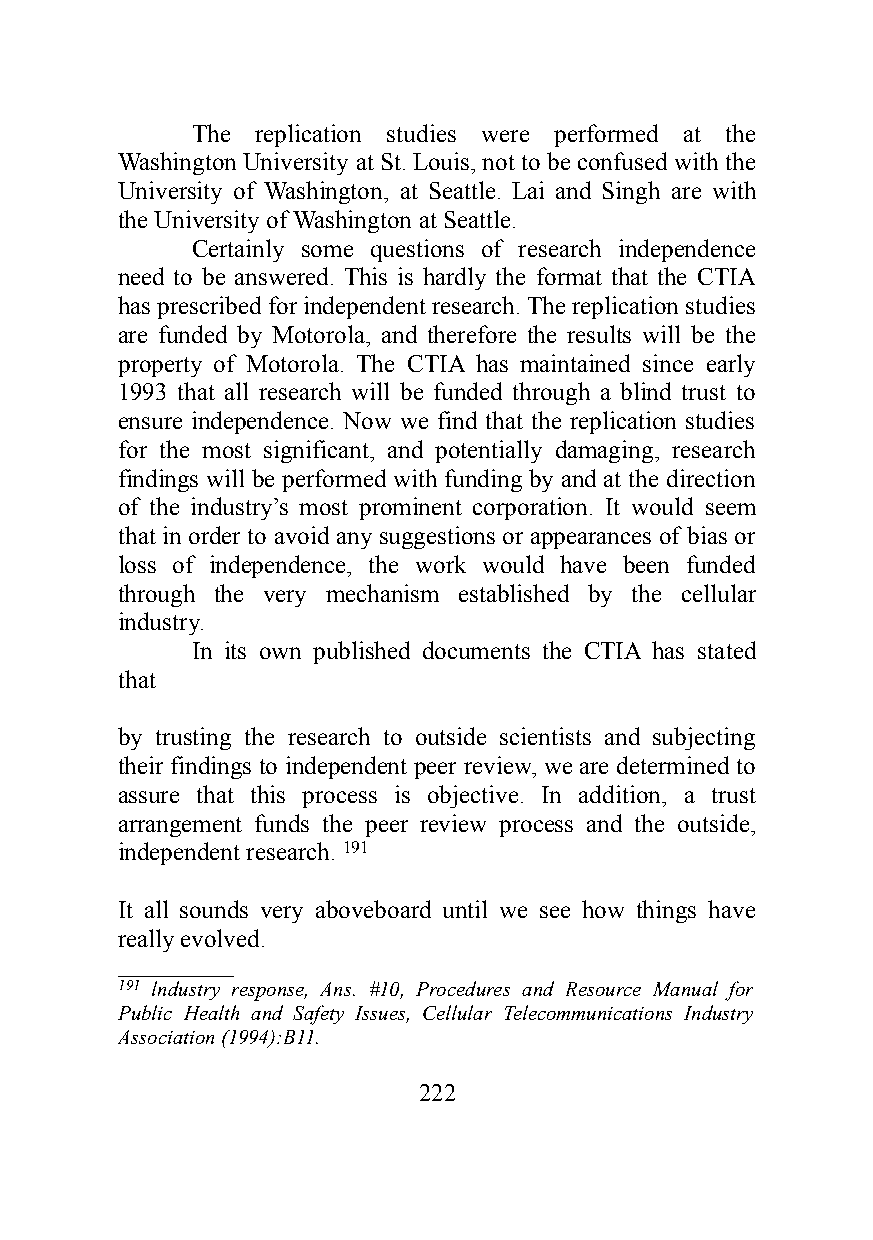
The replication studies were performed at the
 Washington University at St. Louis, not to be confused with the
 University of Washington, at Seattle. Lai and Singh are with
 the University of Washington at Seattle.
 Certainly some questions of research independence
 need to be answered. This is hardly the format that the CTIA
 has prescribed for independent research. The replication studies
 are funded by Motorola, and therefore the results will be the
 property of Motorola. The CTIA has maintained since early
 1993 that all research will be funded through a blind trust to
 ensure independence. Now we find that the replication studies
 for the most significant, and potentially damaging, research
 findings will be performed with funding by and at the direction
 of the industry’s most prominent corporation. It would seem
 that in order to avoid any suggestions or appearances of bias or
 loss of independence, the work would have been funded
 through the very mechanism established by the cellular
 industry.
 In its own published documents the CTIA has stated
 that
 by trusting the research to outside scientists and subjecting
 their findings to independent peer review, we are determined to
 assure that this process is objective. In addition, a trust
 arrangement funds the peer review process and the outside,
 independent research. 191
 It all sounds very aboveboard until we see how things have
 really evolved.
 ___________
 191 lndustry response, Ans. #10, Procedures and Resource Manual for
 Public Health and Safety Issues, Cellular Telecommunications Industry
 Association (1994):B11.
 222